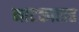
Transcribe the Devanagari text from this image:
नाटकासह